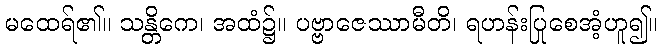
မထေရ်၏။ သန္တိကေ၊ အထံ၌။ ပဗ္ဗာဇေဿာမီတိ၊ ရဟန်းပြုစေအံ့ဟူ၍။